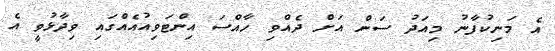
އެ މަނިކުފާނު މިއަދު ސަން އަށް ދެއްވި ހާއްސަ އިންޓަވިއުއެއްގައި ވިދާޅުވީ އެ